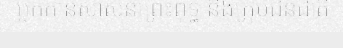
អ្នកកាន់សាសនាព្រះពុទ្ធ និងក្រុមជនជាតិ